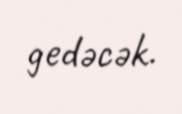
gedəcək.